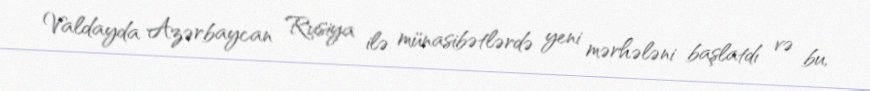
Valdayda Azərbaycan Rusiya ilə münasibətlərdə yeni mərhələni başlatdı və bu,